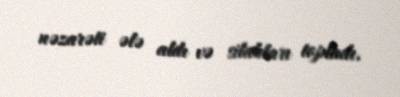
nəzarəti ələ aldı və silahları topladı.